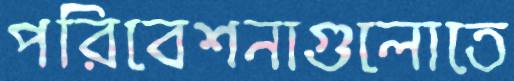
পরিবেশনাগুলোতে